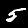
Digit: 5